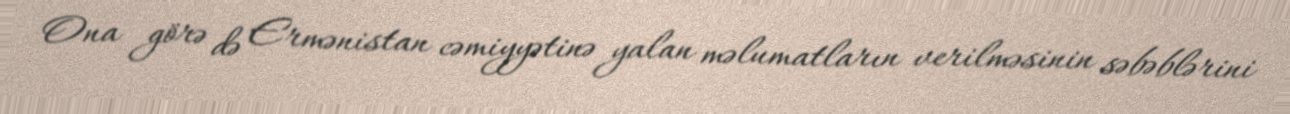
Ona görə də Ermənistan cəmiyyətinə yalan məlumatların verilməsinin səbəblərini